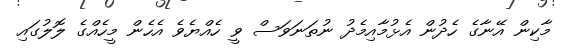
މާކިން އޭނާގެ ހެދުން އެޅުމާއިމެދު ނުތަނަވަސް ވީ ހެއްޔެވެ އެހެން މީހެއްގެ ލޮލުގައި